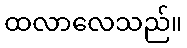
ထလာလေသည်။